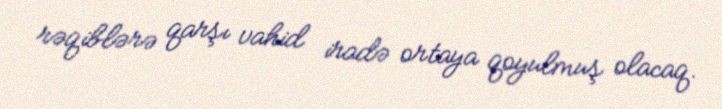
rəqiblərə qarşı vahid iradə ortaya qoyulmuş olacaq.